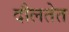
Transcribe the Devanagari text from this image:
दौलतेत